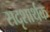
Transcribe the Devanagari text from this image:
सदृशार्थक